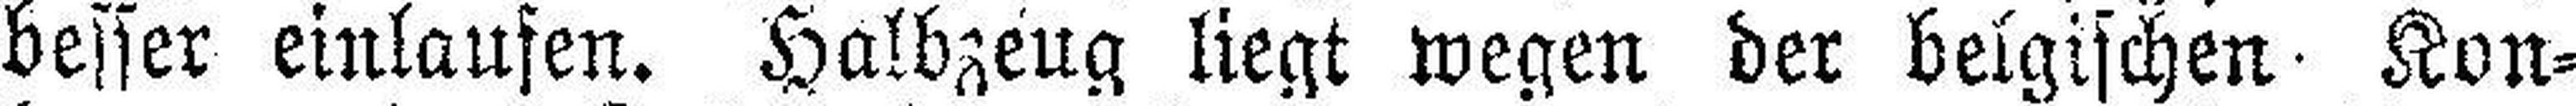
besser einlaufen. Halbzeug liegt wegen der belgischen Kon¬